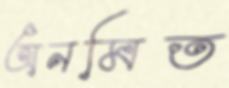
অনমিত